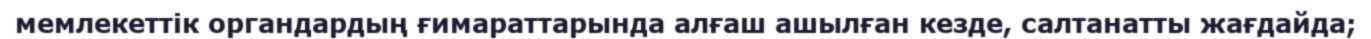
мемлекеттік органдардың ғимараттарында алғаш ашылған кезде, салтанатты жағдайда;